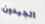
الجيدون